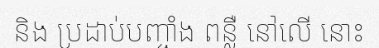
និង ប្រដាប់បញ្ចាំង ពន្លឺ នៅលើ នោះ